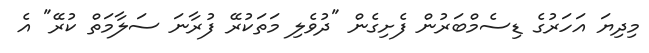
މިދިޔަ އަހަރުގެ ޑިސެމްބަރުން ފެށިގެން "ދުވެލި މަތަކުރޭ ފުރާނަ ސަލާމަތް ކުރޭ" އެ